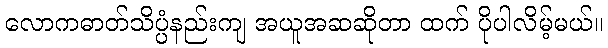
လောကဓာတ်သိပ္ပံနည်းကျ အယူအဆဆိုတာ ထက် ပိုပါလိမ့်မယ်။